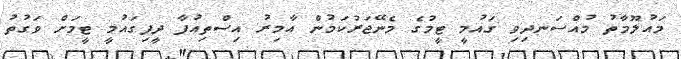
މައުލޫމާތު މުއްސަނދިވި ގައުމީ ޓީމުގެ މެނޭޖަރުކަމުން އާމިރު އިސްތިއުފާ ދީފިގައުމީ ޓީމަށް ވަގުތު